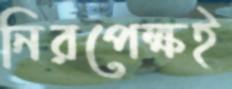
নিরপেক্ষই